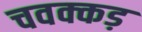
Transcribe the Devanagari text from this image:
चवक्कड़